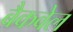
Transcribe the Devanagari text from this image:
बैकवेल